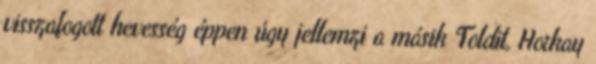
visszafogott hevesség éppen úgy jellemzi a másik Toldit, Horkay